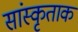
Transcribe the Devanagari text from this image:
सांस्कृताक